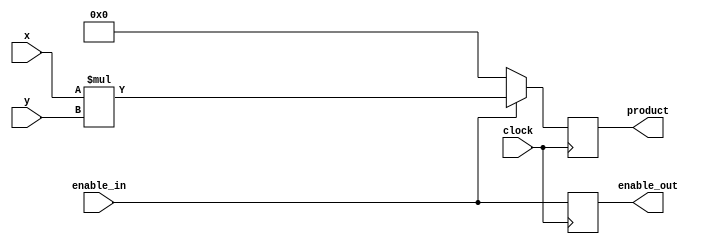
//
// Copyright 2011 Ettus Research LLC
//
// This program is free software: you can redistribute it and/or modify
// it under the terms of the GNU General Public License as published by
// the Free Software Foundation, either version 3 of the License, or
// (at your option) any later version.
//
// This program is distributed in the hope that it will be useful,
// but WITHOUT ANY WARRANTY; without even the implied warranty of
// MERCHANTABILITY or FITNESS FOR A PARTICULAR PURPOSE.  See the
// GNU General Public License for more details.
//
// You should have received a copy of the GNU General Public License
// along with this program.  If not, see <http://www.gnu.org/licenses/>.
//



module mult (input clock, input signed [15:0] x, input signed [15:0] y, output reg signed [30:0] product,
	     input enable_in, output reg enable_out );

   always @(posedge clock)
     if(enable_in)
       product <= #1 x*y;
     else
       product <= #1 31'd0;
   
   always @(posedge clock)
     enable_out <= #1 enable_in;
   
endmodule // mult